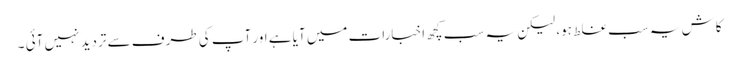
کاش یہ سب غلط ہو، لیکن یہ سب کچھ اخبارات میں آیا ہے اور آپ کی طرف سے تردید نہیں آئی ۔